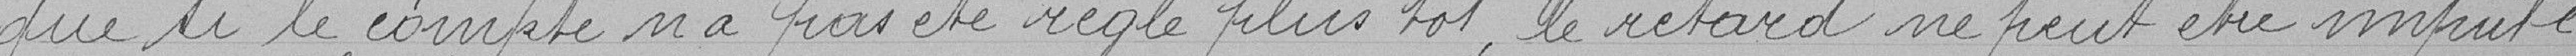
que si le compte n'a pas été réglé plus tôt, le retard ne peut être imputé